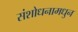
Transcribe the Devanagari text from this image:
संशोधनामधुन